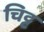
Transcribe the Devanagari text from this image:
चिट्ट